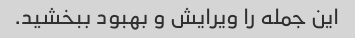
این جمله را ویرایش و بهبود ببخشید.